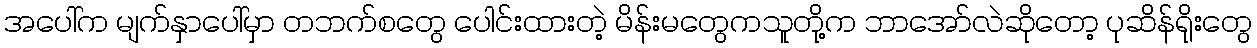
အပေါ်က မျက်နှာပေါ်မှာ တဘက်စတွေ ပေါင်းထားတဲ့ မိန်းမတွေကသူတို့က ဘာအော်လဲဆိုတော့ ပုဆိန်ရိုးတွေ